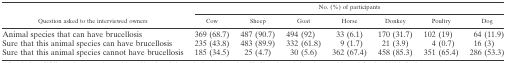
| <ROWSPAN=2> Question asked to the interviewed owners | <COLSPAN=7> No. (%) of participants |
 | Cow | Sheep | Goat | Horse | Donkey | Poultry | Dog |
 | --- | --- | --- | --- | --- | --- | --- | --- |
 | Animal species that can have brucellosis | 369 (68.7) | 487 (90.7) | 494 (92) | 33 (6.1) | 170 (31.7) | 102 (19) | 64 (11.9) |
 | Sure that this animal species can have brucellosis | 235 (43.8) | 483 (89.9) | 332 (61.8) | 9 (1.7) | 21 (3.9) | 4 (0.7) | 16 (3) |
 | Sure that this animal species cannot have brucellosis | 185 (34.5) | 25 (4.7) | 30 (5.6) | 362 (67.4) | 458 (85.3) | 351 (65.4) | 286 (53.3) |